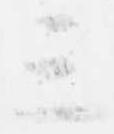
三